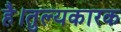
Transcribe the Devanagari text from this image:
है।तुल्यकारक